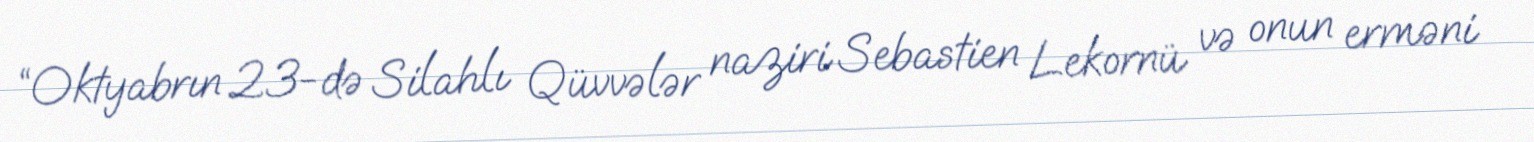
“Oktyabrın 23-də Silahlı Qüvvələr naziri Sebastien Lekornü və onun erməni